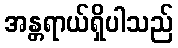
အန္တရာယ်ရှိပါသည်